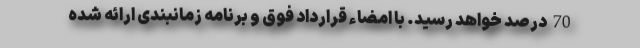
70 درصد خواهد رسید. با امضاء قرارداد فوق و برنامه زمانبندی ارائه شده